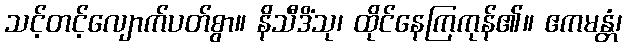
သင့်တင့်လျောက်ပတ်စွာ။ နိသီဒိံသု၊ ထိုင်နေကြကုန်၏။ ဧကမန္တံ၊